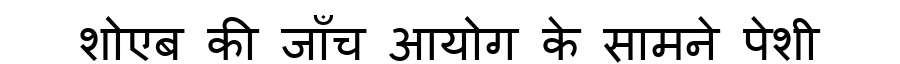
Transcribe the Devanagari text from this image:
शोएब की जाँच आयोग के सामने पेशी